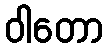
ဝါတော